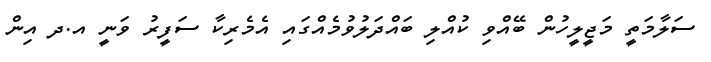
ސަލާމަތީ މަޖީލީހުން ބޭއްވި ކުއްލި ބައްދަލުވުމެއްގައި އެމެރިކާ ސަފީރު ވަނީ އ.ދ އިން